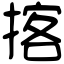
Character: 揢